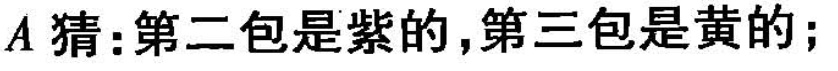
A猜：第二包是紫的，第三包是黄的；